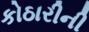
કોઠારીની